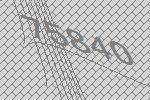
75840